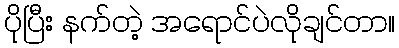
ပိုပြီး နက်တဲ့ အရောင်ပဲလိုချင်တာ။